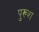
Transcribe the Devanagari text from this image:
पुरूश